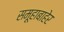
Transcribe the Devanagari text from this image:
समूहाबाहेर